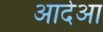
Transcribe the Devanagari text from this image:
आर्देआ